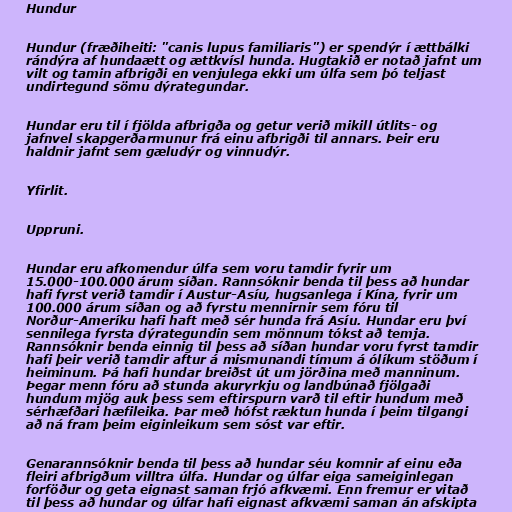
Hundur

Hundur (fræðiheiti: "canis lupus familiaris") er spendýr í ættbálki
rándýra af hundaætt og ættkvísl hunda. Hugtakið er notað jafnt um
vilt og tamin afbrigði en venjulega ekki um úlfa sem þó teljast
undirtegund sömu dýrategundar.

Hundar eru til í fjölda afbrigða og getur verið mikill útlits- og
jafnvel skapgerðarmunur frá einu afbrigði til annars. Þeir eru
haldnir jafnt sem gæludýr og vinnudýr.

Yfirlit.

Uppruni.

Hundar eru afkomendur úlfa sem voru tamdir fyrir um
15.000-100.000 árum síðan. Rannsóknir benda til þess að hundar
hafi fyrst verið tamdir í Austur-Asíu, hugsanlega í Kína, fyrir um
100.000 árum síðan og að fyrstu mennirnir sem fóru til
Norður-Ameríku hafi haft með sér hunda frá Asíu. Hundar eru því
sennilega fyrsta dýrategundin sem mönnum tókst að temja.
Rannsóknir benda einnig til þess að síðan hundar voru fyrst tamdir
hafi þeir verið tamdir aftur á mismunandi tímum á ólíkum stöðum í
heiminum. Þá hafi hundar breiðst út um jörðina með manninum.
Þegar menn fóru að stunda akuryrkju og landbúnað fjölgaði
hundum mjög auk þess sem eftirspurn varð til eftir hundum með
sérhæfðari hæfileika. Þar með hófst ræktun hunda í þeim tilgangi
að ná fram þeim eiginleikum sem sóst var eftir.

Genarannsóknir benda til þess að hundar séu komnir af einu eða
fleiri afbrigðum villtra úlfa. Hundar og úlfar eiga sameiginlegan
forföður og geta eignast saman frjó afkvæmi. Enn fremur er vitað
til þess að hundar og úlfar hafi eignast afkvæmi saman án afskipta